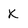
Character: K